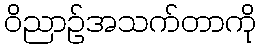
ဝိညာဉ်အသက်တာကို